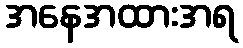
အနေအထားအရ